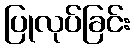
ပြုလုပ်ခြင်း